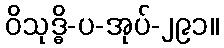
ဝိသုဒ္ဓိ-ပ-အုပ်-၂၉၁။